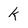
Character: k